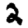
Digit: 2